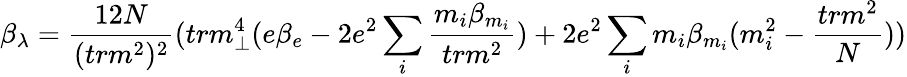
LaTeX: \beta_{\lambda}=\frac{12N}{(trm^{2})^{2}}(trm_{\perp}^{4}(e\beta_{e}-2e^{2}\sum_{i}\frac{m_{i}\beta_{m_{i}}}{trm^{2}})+2e^{2}\sum_{i}m_{i}\beta_{m_{i}}(m_{i}^{2}-\frac{trm^{2}}{N}))